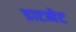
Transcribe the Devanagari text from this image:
डाटनेट